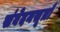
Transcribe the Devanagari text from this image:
संवेदनसूत्रों